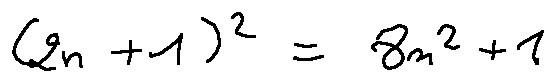
( 2 n + 1 ) ^ { 2 } = 8 m ^ { 2 } + 1